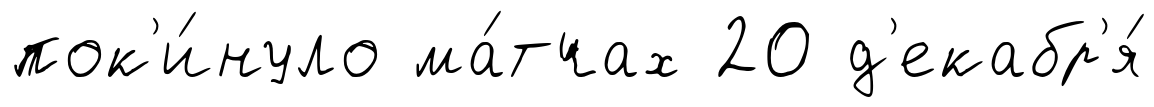
пок'и́нуло ма́тчах 20 д'екабр'я́